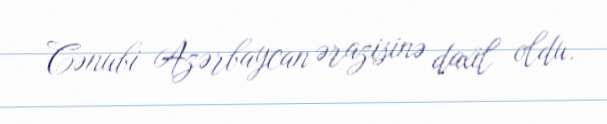
Cənubi Azərbaycan ərazisinə daxil oldu.